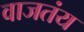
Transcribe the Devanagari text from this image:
वाजतंय